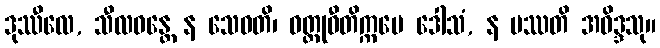
ဒုဿီလေ, သီလဝန္တေ န သေဝတိ၊ ဝတ္ထုဝီတိက္ကမေ ဒေါသံ, န ပဿတိ အဝိဒ္ဒသု။